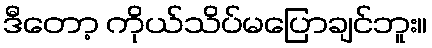
ဒီတော့ ကိုယ်သိပ်မပြောချင်ဘူး။